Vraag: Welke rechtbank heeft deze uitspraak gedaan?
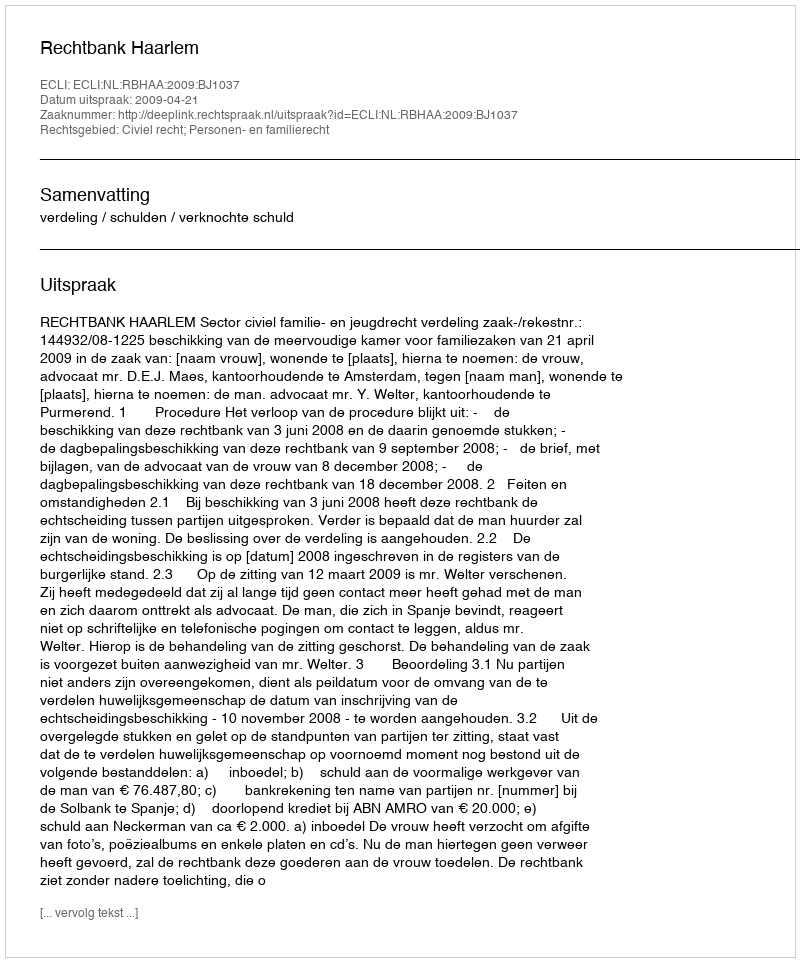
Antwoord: Rechtbank Haarlem